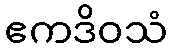
ဧကဒိဝသံ